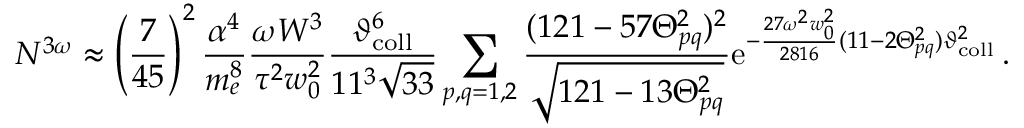
N ^ { 3 \omega } \approx \left( \frac { 7 } { 4 5 } \right) ^ { 2 } \frac { \alpha ^ { 4 } } { m _ { e } ^ { 8 } } \frac { \omega W ^ { 3 } } { \tau ^ { 2 } w _ { 0 } ^ { 2 } } \frac { \vartheta _ { \mathrm { c o l l } } ^ { 6 } } { 1 1 ^ { 3 } \sqrt { 3 3 } } \sum _ { p , q = 1 , 2 } \frac { ( 1 2 1 - 5 7 \Theta _ { p q } ^ { 2 } ) ^ { 2 } } { \sqrt { 1 2 1 - 1 3 \Theta _ { p q } ^ { 2 } } } \mathrm { e } ^ { - \frac { 2 7 \omega ^ { 2 } w _ { 0 } ^ { 2 } } { 2 8 1 6 } ( 1 1 - 2 \Theta _ { p q } ^ { 2 } ) \vartheta _ { \mathrm { c o l l } } ^ { 2 } } \, .